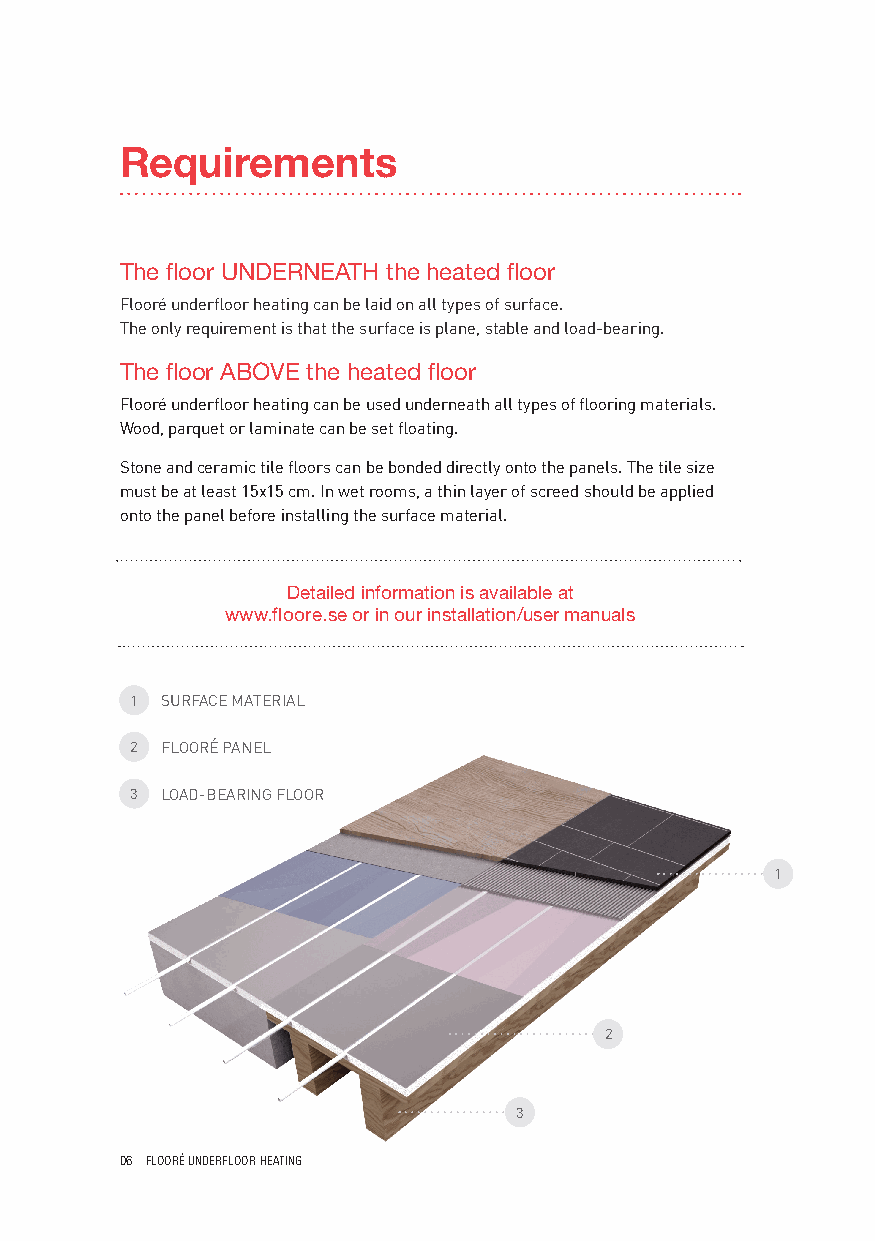
Requirements
 The floor UNDERNEATH the heated floor
 Flooré underfloor heating can be laid on all types of surface.
 The only requirement is that the surface is plane, stable and load-bearing.
 The floor ABOVE the heated floor
 Flooré underfloor heating can be used underneath all types of flooring materials.
 Wood, parquet or laminate can be set floating.
 Stone and ceramic tile floors can be bonded directly onto the panels. The tile size
 must be at least 15x15 cm. In wet rooms, a thin layer of screed should be applied
 onto the panel before installing the surface material.
 Detailed information is available at
 www.floore.se or in our installation/user manuals
 1 SURFACE MATERIAL
 2 FLOORÉ PANEL
 3 LOAD-BEARING FLOOR
 1
 2
 3
 06 FLOORÉ UNDERFLOOR HEATING